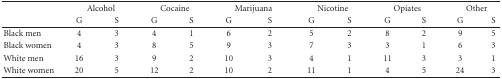
| <ROWSPAN=2>  | <COLSPAN=2> Alcohol | <COLSPAN=2> Cocaine | <COLSPAN=2> Marijuana | <COLSPAN=2> Nicotine | <COLSPAN=2> Opiates | <COLSPAN=2> Other |
 | G | S | G | S | G | S | G | S | G | S | G | S |
 | --- | --- | --- | --- | --- | --- | --- | --- | --- | --- | --- | --- | --- |
 | Black men | 4 | 3 | 4 | 1 | 6 | 2 | 5 | 2 | 8 | 2 | 9 | 5 |
 | Black women | 4 | 3 | 8 | 5 | 9 | 3 | 7 | 3 | 3 | 1 | 6 | 3 |
 | White men | 16 | 3 | 9 | 2 | 10 | 3 | 4 | 1 | 11 | 3 | 3 | 1 |
 | White women | 20 | 5 | 12 | 2 | 10 | 2 | 11 | 1 | 4 | 5 | 24 | 3 |